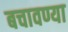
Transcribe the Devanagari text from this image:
बचावण्या